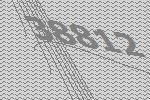
38812